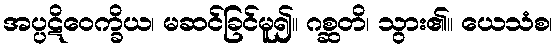
အပ္ပဋိဝေက္ခိယ၊ မဆင်ခြင်မူ၍။ ဂစ္ဆတိ၊ သွား၏။ ယေသံစ၊